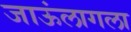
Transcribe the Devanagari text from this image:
जाऊंलागला